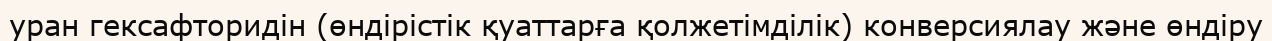
уран гексафторидін (өндірістік қуаттарға қолжетімділік) конверсиялау және өндіру